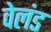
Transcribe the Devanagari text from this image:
वेलंड